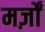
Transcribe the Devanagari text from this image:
मर्ज़ों